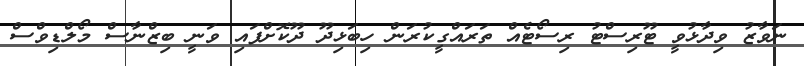
ނަވާޒު ވިދާޅުވީ ޓޫރިސްޓު ރިސޯޓެއް ތަރައްގީކުރަން ހިބަޅިދޫ ދޫކޮށްފައި ވަނީ ބިޒްނާސް މޯލްޑިވްސް